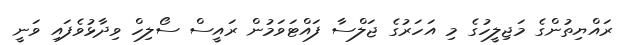
ރައްޔިތުންގެ މަޖިލީހުގެ މި އަހަރުގެ ޖަލްސާ ފައްޓަވަމުން ރައީސް ސޯލިހް ވިދާޅުވެފައި ވަނީ